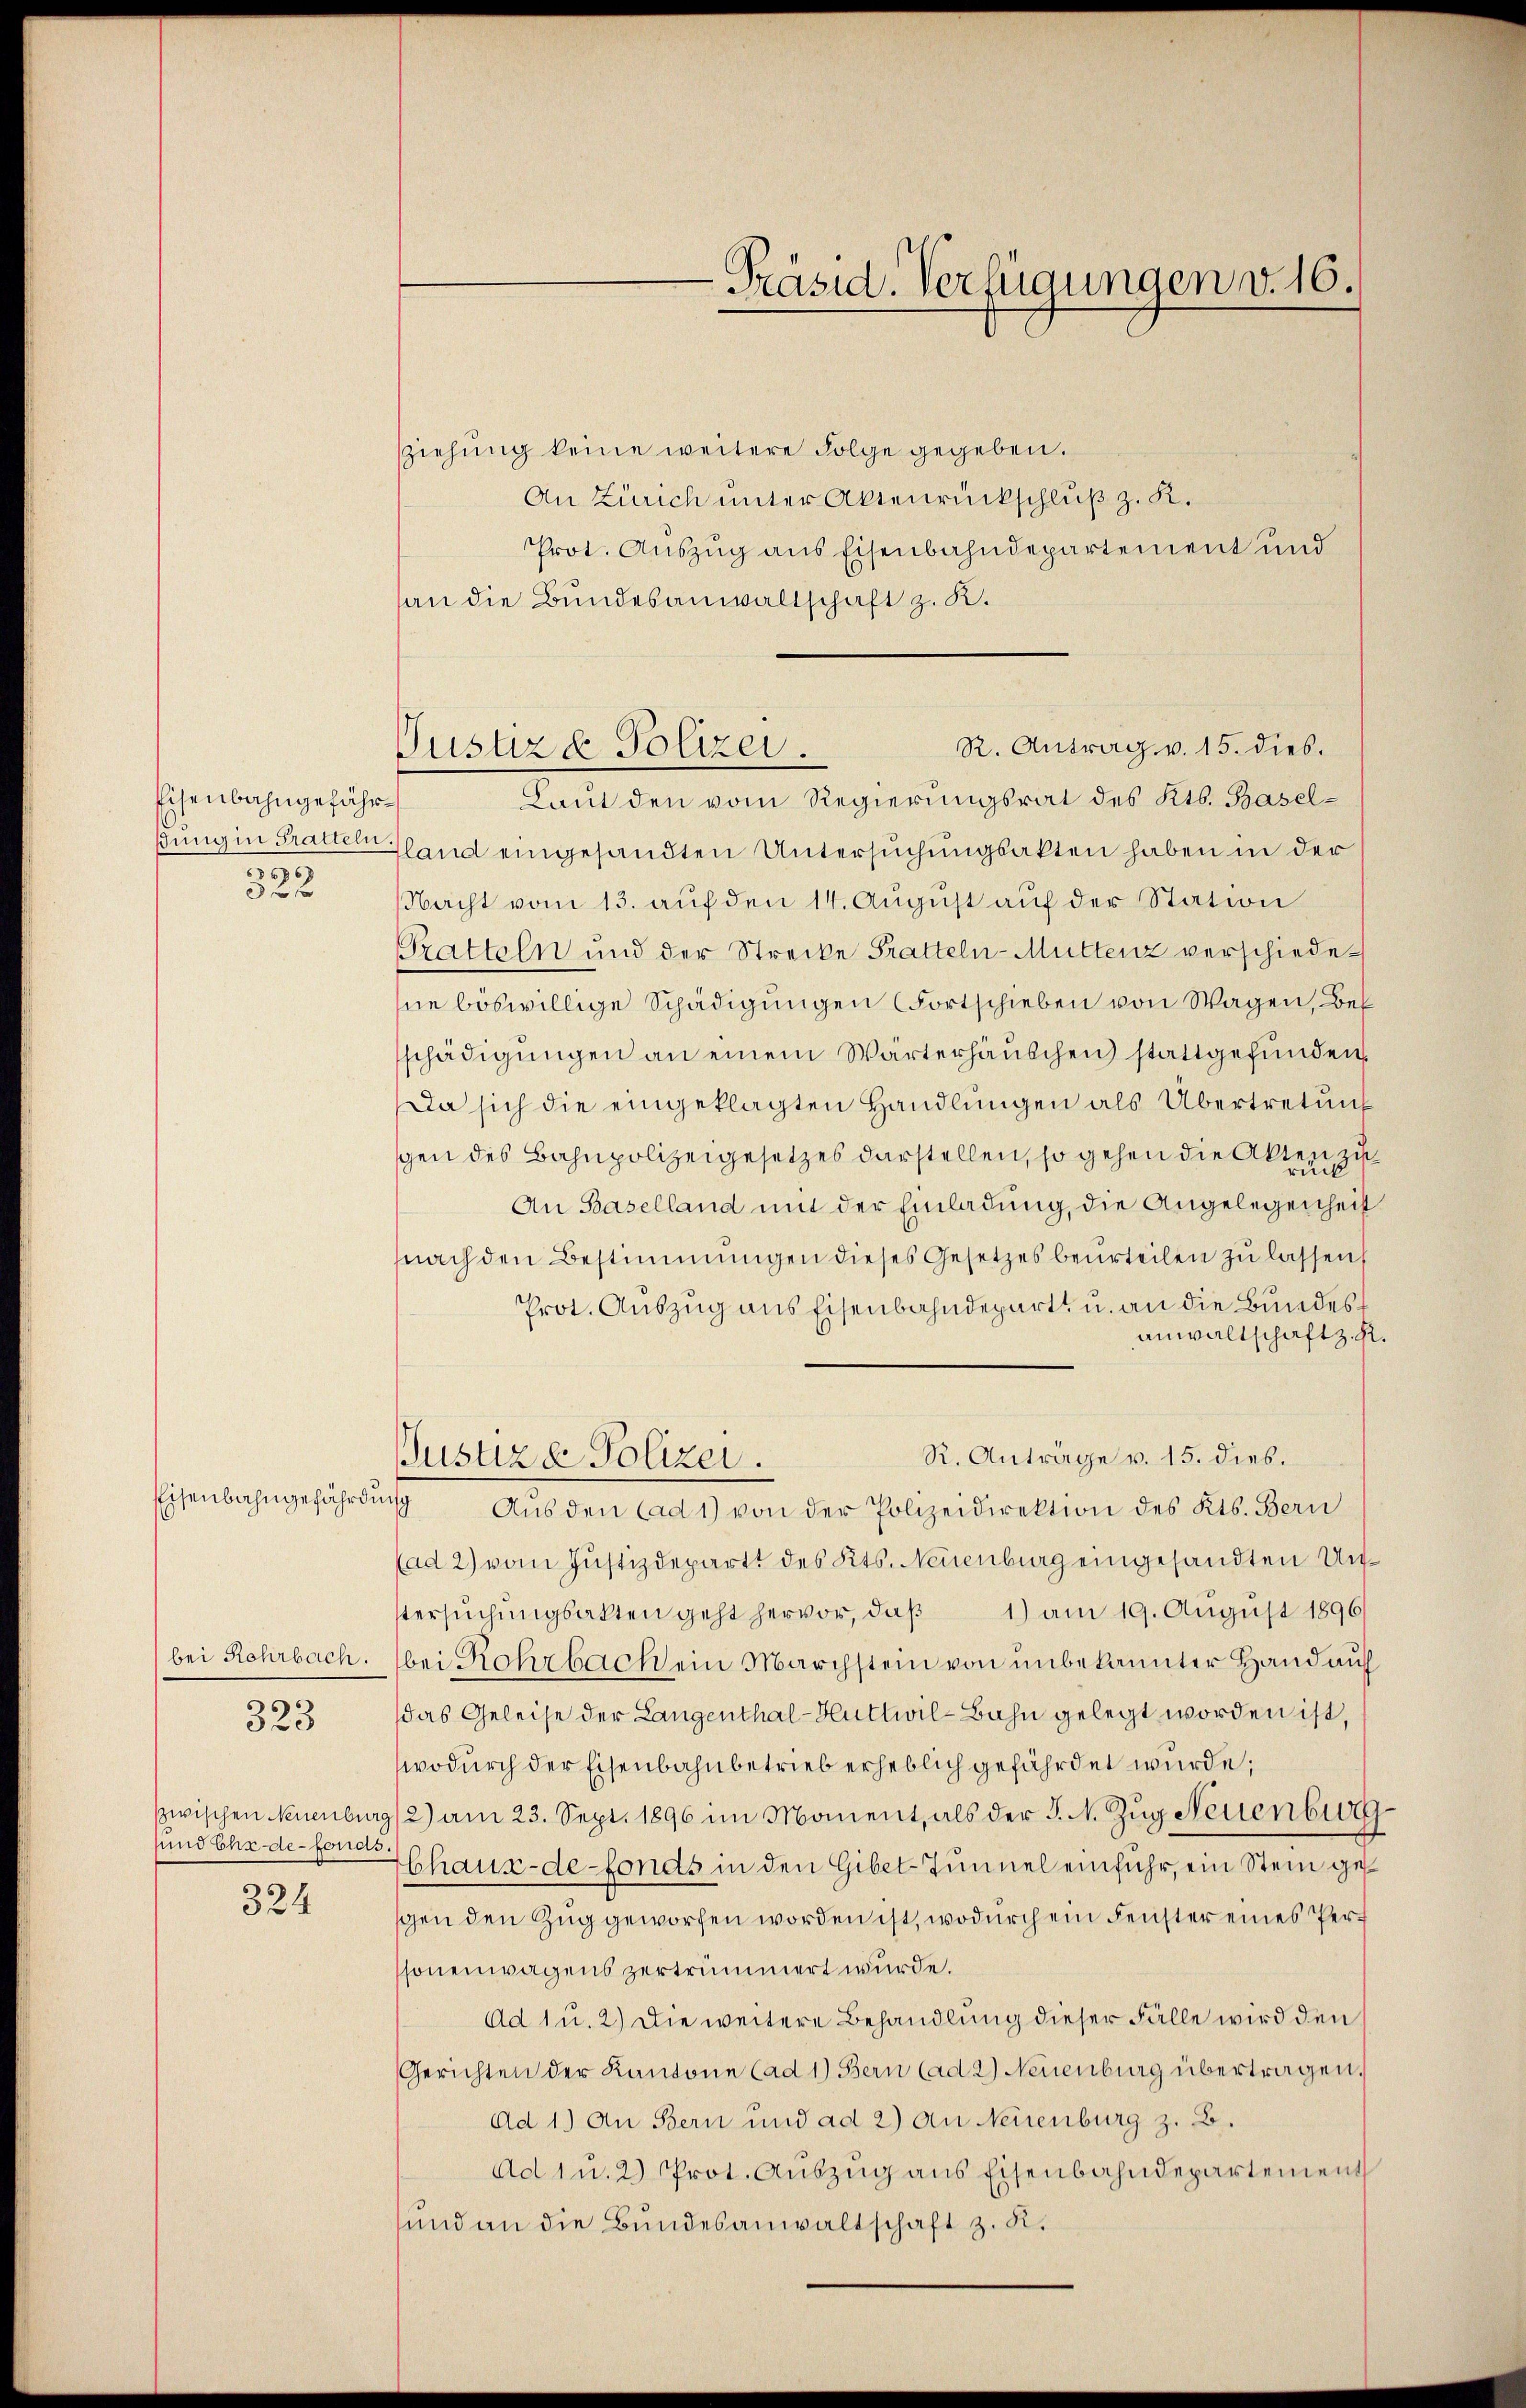
Eisenbahngefähr¬
66
0 f

Eisenbahngefährdung

bei Rehrbach.

323

sund Ehe de fonds.

324

sziehung keine weitere Folge gegeben.
An Zürich unter Aktenrückschluß z. K.
Prot. Auszug aus Eisenbahndepartement und
an die Bundesanwaltschaft z. K.
R. Antrag v. 15. dies.
Laut den vom Regierungsrat des Kts. Baselsung in Pratteln land eingesandten Untersuchungsakten haben in der
NNacht vom 13. auf den 14. August auf der Station
Tratteln und der Strecke Tratteln-Muttenz verschiedene böswillige Schädigungen (Fortschieben von Wagen, Bes
schädigungen an einem Wärterhäuschen stattgefunden.
Da sich die eingeklagten Handlungen als Übertretung
gen des Bahnpolizeigesetzes darstellen, so gehen die Akten zu
An Baselland mit der Einladung, die Angelegenheit
nach den Bestimmungen dieses Gesetzes beurteilen zu lassen,
Prot. Auszug aus Eisenbahndepart u. an die Bundes¬
Anwaltschaft z. R.
R. Anträge v. 15. dies.
Justiz & Polizei.
Aŭs den ad 1) von der Polizeidirektion des Kts. Bern
(ad 2) vom Justizdepartt des Kts. Neuenburg eingesandten Unstersŭchŭngsakten geht hervor, daβ 1) am 19. August 1896
bei Rohrbach ein Marchstein von unbekannter Hand auf
das Geleise der Langenthal-Huttwil-Bahn gelegt worden ist,
wodurch der Eisenbahnbetrieb erheblich gefährdet wurde;
zwischen Neuenburg  2) am 23. Sept. 1896 im Moment, als der J. N. Zug Neuenburg
Chaux-de-Fonds in den Gibet Tunnel einfuhr, ein Stein ge
gen den Zug geworfen worden ist, wodurch ein Fenster eines Perssonenwagens zertrümmert wurde.
Ad 1 u. 2) Die weitere Behandlung dieser Fälle wird den
Gerichten der Kantone (ad 1) Bern (ad 2) Neuenburg übertragen.
Ad 1.) An Bern und ad 2) an Neuenburg z. B.
Ad 1 u. 2) Prot. Auszug aus Eisenbahndepartement
sund an die Bundesanwaltschaft z. R.

Justiz & Polizei.

-Präsid. Verfügungen v. 16.